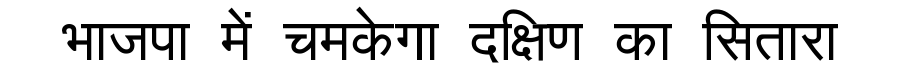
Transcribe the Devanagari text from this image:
भाजपा में चमकेगा दक्षिण का सितारा